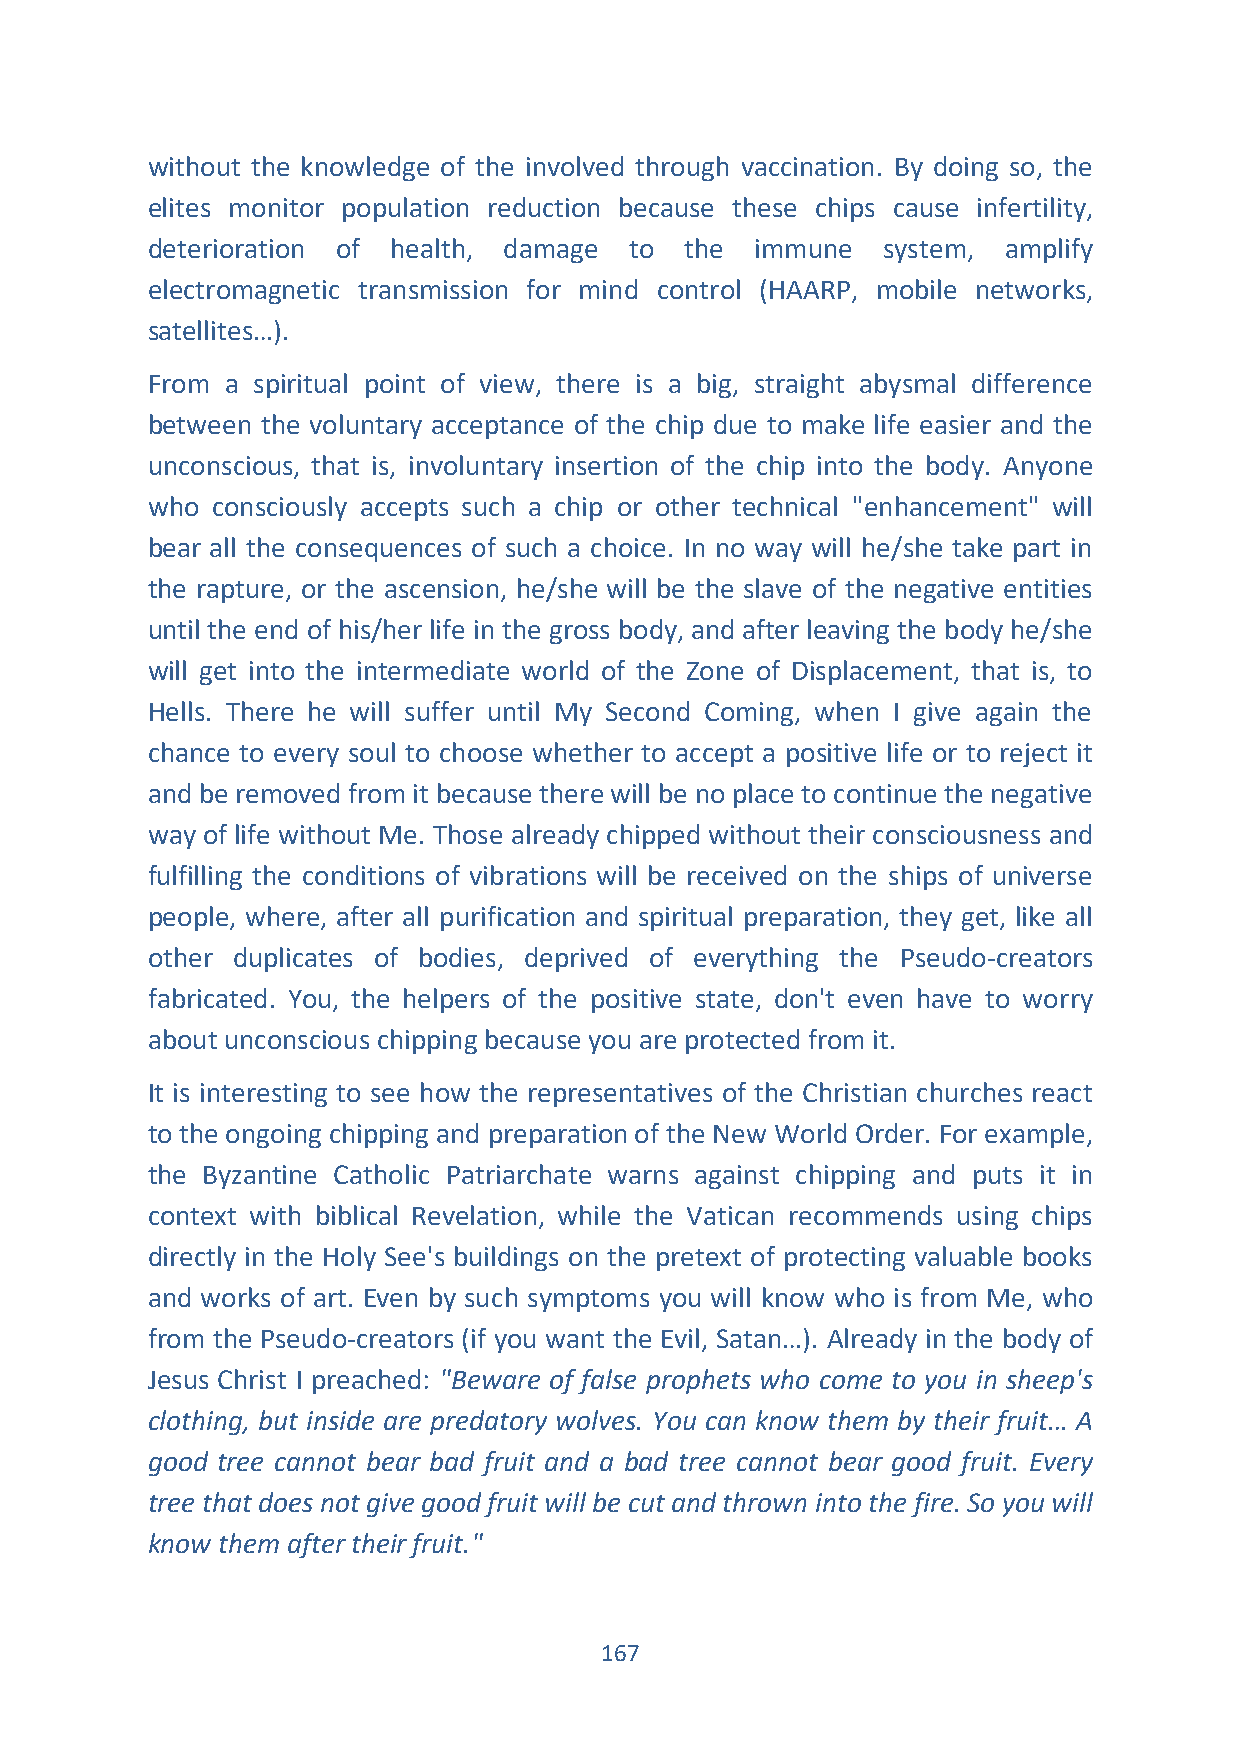
without the knowledge of the involved through vaccination. By doing so, the
 elites monitor population reduction because these chips cause infertility,
 deterioration of health, damage to the  immune  system, amplify
 electromagnetic transmission for mind control (HAARP, mobile networks,
 satellites…).
 From a spiritual point of view, there is a big, straight abysmal difference
 between the voluntary acceptance of the chip due to make life easier and the
 unconscious, that is, involuntary insertion of the chip into the body. Anyone
 who consciously accepts such a chip or other technical "enhancement" will
 bear all the consequences of such a choice. In no way will he/she take part in
 the rapture, or the ascension, he/she will be the slave of the negative entities
 until the end of his/her life in the gross body, and after leaving the body he/she
 will get into the intermediate world of the Zone of Displacement, that is, to
 Hells. There he will suffer until My Second Coming, when I give again the
 chance to every soul to choose whether to accept a positive life or to reject it
 and be removed from it because there will be no place to continue the negative
 way of life without Me. Those already chipped without their consciousness and
 fulfilling the conditions of vibrations will be received on the ships of universe
 people, where, after all purification and spiritual preparation, they get, like all
 other duplicates of bodies, deprived of everything the Pseudo-creators
 fabricated. You, the helpers of the positive state, don't even have to worry
 about unconscious chipping because you are protected from it.
 It is interesting to see how the representatives of the Christian churches react
 to the ongoing chipping and preparation of the New World Order. For example,
 the Byzantine Catholic Patriarchate warns against chipping and puts it in
 context with biblical Revelation, while the Vatican recommends using chips
 directly in the Holy See's buildings on the pretext of protecting valuable books
 and works of art. Even by such symptoms you will know who is from Me, who
 from the Pseudo-creators (if you want the Evil, Satan…). Already in the body of
 Jesus Christ I preached: "Beware of false prophets who come to you in sheep's
 clothing, but inside are predatory wolves. You can know them by their fruit… A
 good tree cannot bear bad fruit and a bad tree cannot bear good fruit. Every
 tree that does not give good fruit will be cut and thrown into the fire. So you will
 know them after their fruit."
 167